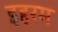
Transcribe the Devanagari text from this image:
इहरम